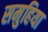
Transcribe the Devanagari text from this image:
समुहिया